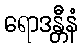
ရောဒန္တီနံ